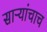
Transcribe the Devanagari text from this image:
साऱ्यांचाच